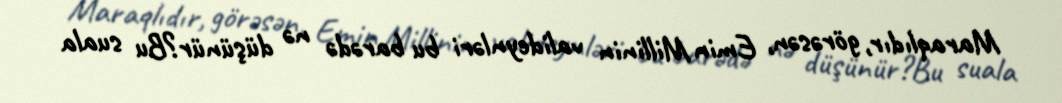
Maraqlıdır, görəsən, Emin Millinin valideynləri bu barədə nə düşünür?Bu suala